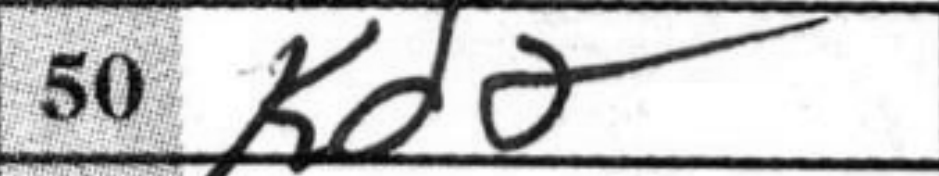
Transcription: Kd2